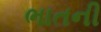
ભાતની